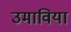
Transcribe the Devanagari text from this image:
उमाविया